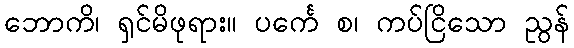
ဘောကိ၊ ရှင်မိဖုရား။ ပင်္ကေ စ၊ ကပ်ငြိသော ညွန်